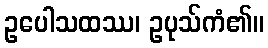
ဥပေါသထဿ၊ ဥပုသ်ကံ၏။